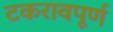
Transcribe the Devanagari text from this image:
टकरावपूर्ण